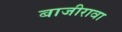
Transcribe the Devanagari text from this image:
बाजीरावा